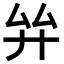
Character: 𢌹